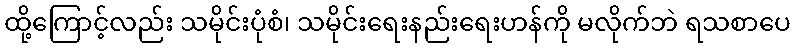
ထို့ကြောင့်လည်း သမိုင်းပုံစံ၊ သမိုင်းရေးနည်းရေးဟန်ကို မလိုက်ဘဲ ရသစာပေ